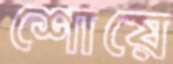
শোয়ে